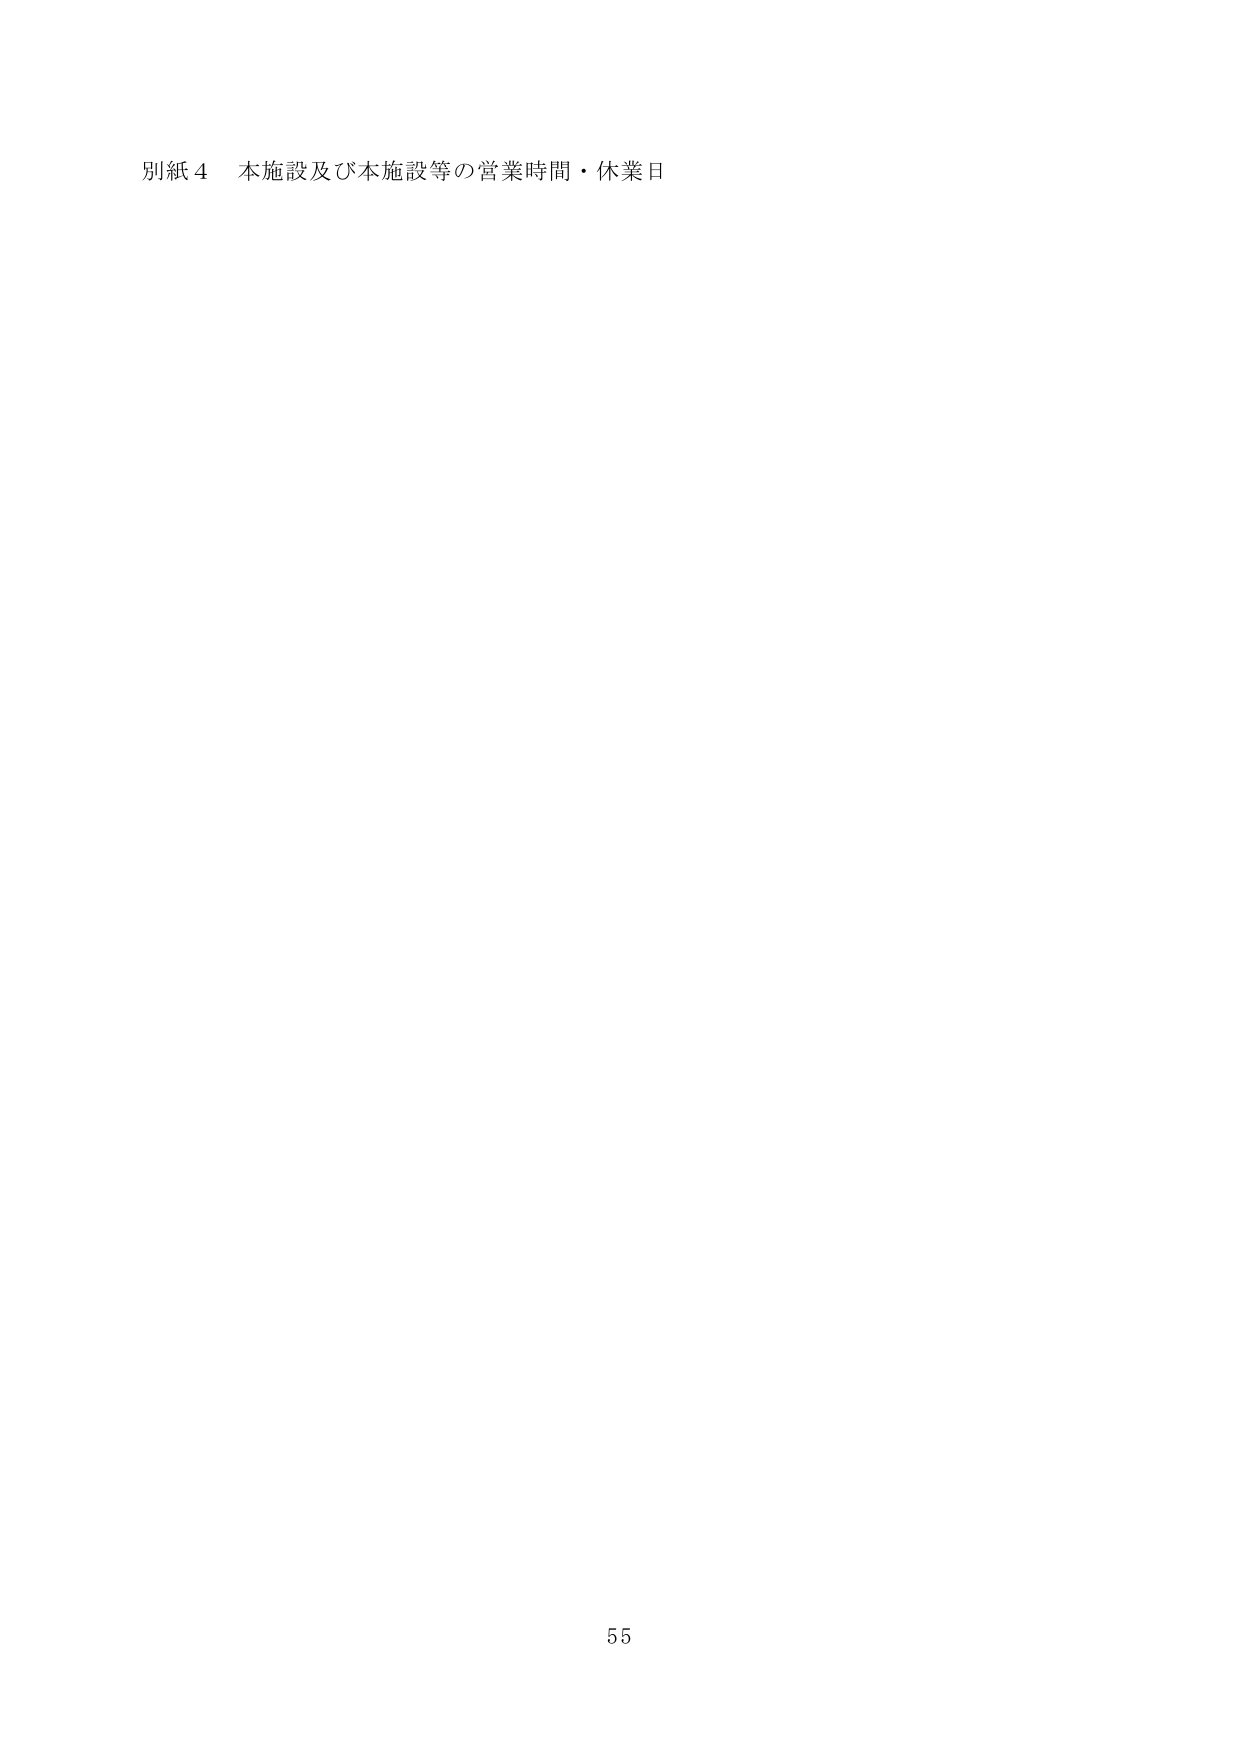
別紙４ 本施設及び本施設等の営業時間・休業日

55